Scotch Education Department, 1911
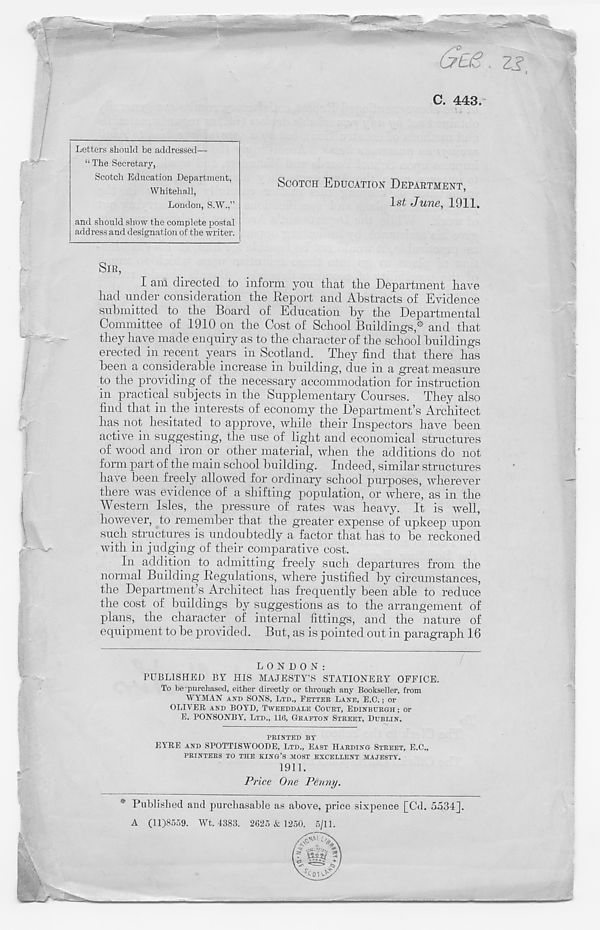
'
Letters should be addressed—
“ The Secretary,
Scotch Education Department,
Whitehall,
London, S.W.,”
and should show the complete postal
address and designation of the writer.
SCOTCH EDUCATION DEPARTMENT,
Isi June, 1911.
SIR,
I am directed to inform you that the Department have
had under consideration the Report and Abstracts of Evidence
submitted to the Board of Education by the Departmental
Committee of 1910 on the Cost of School Buildings* and that
they have made enquiry as to the character of the school buildings
erected in recent years in Scotland. They find that there has
been a considerable increase in building, due in a great measure
to the providing of the necessary accommodation for instruction
in practical subjects in the Supplementary Courses. They also
find that in the interests of economy the Department’s Architect
has not hesitated to approve, while their Inspectors have been
active in suggesting, the use of light and economical structures
of wood and iron or other material, when the additions do not
form part of the main school building. Indeed, similar structures
have been freely alloived for ordinary school purposes, wherever
there was evidence of a shifting population, or where, as in the
Western Isles, the pressure of rates was heavy. It is well,
however, to remember that the greater expense of upkeep upon
such structures is undoubtedly a factor that has to be reckoned
with in judging of their comparative cost.
In addition to admitting freely such departures from the
normal Building Regulations, where justified by circumstances,
the Department’s Architect has frequently been able to reduce
the cost of buildings by suggestions as to the arrangement of
plans, the character of internal fittings, and the nature of
equipment to be provided. But, as is pointed out in paragraph 16
I
LONDON:
PUBLISHED BY HIS MAJESTY’S STATIONERY OFFICE.
To be purchased, either directly or through any Bookseller, from
WYMAN AITD SONS, LTD., FETTER LAITE, E.C.; or
OLIVER AND BOYD, TWEEDDAEE COURT, EDINBURGH; or
E. PONSONBY, LTD., 116, GRAFTON STREET, DUBLIN.
PRINTED BY
EYRE AND SPOTTISWOODE, LTD., EAST HARDING STREET, E.C.,
PRINTERS TO THE KING’S MOST EXCELLENT MAJESTY.
1911.
Price One Penny.
Published and purchasable as above, price sixpence [Cd. 5334].
A (11)8559. Wt. 4383. 2625 & 1250. 5/11.